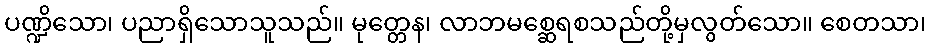
ပဏ္ဍိသော၊ ပညာရှိသောသူသည်။ မုတ္တေန၊ လာဘမစ္ဆေရစသည်တို့မှလွတ်သော။ စေတသာ၊